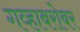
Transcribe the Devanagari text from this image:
गव्हाबरोबर